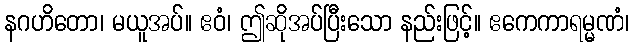
နဂဟိတော၊ မယူအပ်။ ဧဝံ၊ ဤဆိုအပ်ပြီးသော နည်းဖြင့်။ ဧကေကာရမ္မဏံ၊